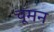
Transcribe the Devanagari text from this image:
चूमन